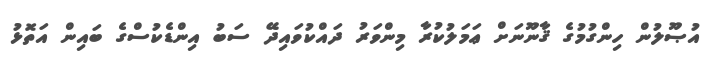
އުޞޫލުން ހިންގުމުގެ ޤާނޫނަށް ޢަމަލުކުރާ މިންވަރު ދައްކުވައިދޭ ސަބު އިންޑެކުސްގެ ބައިން އަތޮޅު